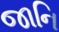
જાનિ